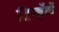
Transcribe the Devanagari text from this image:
दिखेंगें